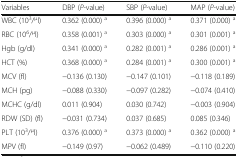
<table><thead><tr><td><b>Variables</b></td><td><b>DBP (<i>P</i>-value)</b></td><td><b>SBP (<i>P</i>-value)</b></td><td><b>MAP (<i>P</i>-value)</b></td></tr></thead><tbody><tr><td>WBC (10<sup>3</sup>/<sup>μ</sup>l)</td><td>0.362 (0.000) <sup>a</sup></td><td>0.396 (0.000) <sup>a</sup></td><td>0.371 (0.000) <sup>a</sup></td></tr><tr><td>RBC (10<sup>6</sup>/<sup>μ</sup>l)</td><td>0.358 (0.001) <sup>a</sup></td><td>0.303 (0.000) <sup>a</sup></td><td>0.301 (0.001) <sup>a</sup></td></tr><tr><td>Hgb (g/dl)</td><td>0.341 (0.000) <sup>a</sup></td><td>0.282 (0.001) <sup>a</sup></td><td>0.286 (0.001) <sup>a</sup></td></tr><tr><td>HCT (%)</td><td>0.368 (0.000) <sup>a</sup></td><td>0.284 (0.001) <sup>a</sup></td><td>0.300 (0.001) <sup>a</sup></td></tr><tr><td>MCV (fl)</td><td>−0.136 (0.130)</td><td>−0.147 (0.101)</td><td>−0.118 (0.189)</td></tr><tr><td>MCH (pg)</td><td>−0.088 (0.330)</td><td>−0.097 (0.282)</td><td>−0.074 (0.410)</td></tr><tr><td>MCHC (g/dl)</td><td>0.011 (0.904)</td><td>0.030 (0.742)</td><td>−0.003 (0.904)</td></tr><tr><td>RDW (SD) (fl)</td><td>−0.031 (0.734)</td><td>0.037 (0.685)</td><td>0.085 (0.346)</td></tr><tr><td>PLT (10<sup>3</sup>/<sup>μ</sup>l)</td><td>0.376 (0.000) <sup>a</sup></td><td>0.373 (0.000) <sup>a</sup></td><td>0.362 (0.000) <sup>a</sup></td></tr><tr><td>MPV (fl)</td><td>−0.149 (0.97)</td><td>−0.062 (0.489)</td><td>−0.110 (0.220)</td></tr></tbody></table>